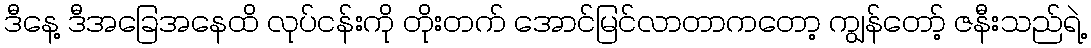
ဒီနေ့ ဒီအခြေအနေထိ လုပ်ငန်းကို တိုးတက် အောင်မြင်လာတာကတော့ ကျွန်တော့် ဇနီးသည်ရဲ့